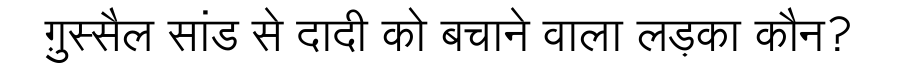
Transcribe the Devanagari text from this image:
ग़ुस्सैल सांड से दादी को बचाने वाला लड़का कौन?